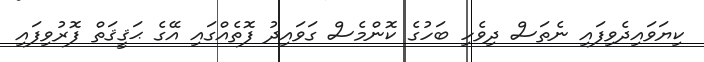
ކިޔަވައިދެވިފައި ނެތަސް ދިވެހި ބަހުގެ ކޮންމެސް ގަވައިދު ފޮތެއްގައި އޭގެ ޙަޤީޤަތް ފޮރުވިފައި